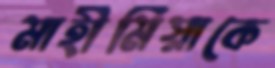
মাহীমিয়াকে